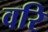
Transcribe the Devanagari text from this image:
वरि